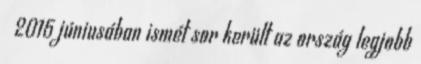
2015 júniusában ismét sor került az ország legjobb